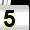
Digit: 5